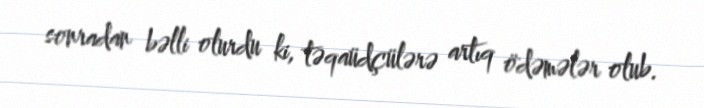
sonradan bəlli olurdu ki, təqaüdçülərə artıq ödəmələr olub.